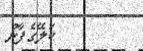
ކަލޭގެފާނު